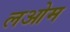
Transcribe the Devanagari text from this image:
लओम